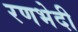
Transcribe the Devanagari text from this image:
रणभेदी